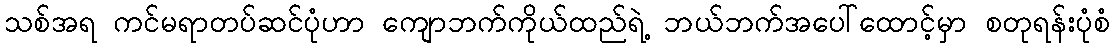
သစ်အရ ကင်မရာတပ်ဆင်ပုံဟာ ကျောဘက်ကိုယ်ထည်ရဲ့ ဘယ်ဘက်အပေါ်ထောင့်မှာ စတုရန်းပုံစံ